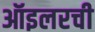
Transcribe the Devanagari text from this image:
ऑइलरची